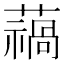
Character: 𮒓